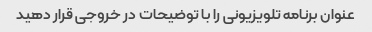
عنوان برنامه تلویزیونی را با توضیحات در خروجی قرار دهید